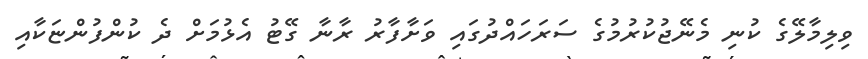
ވިލިމާލޭގެ ކުނި މެނޭޖުކުރުމުގެ ސަރަހައްދުގައި ވަށާފާރު ރާނާ ގޭޓު އެޅުމަށް ދެ ކުންފުންޏަކާއި